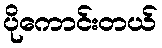
ပိုကောင်းတယ်